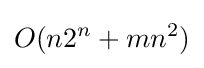
O(n2^{n}+mn^{2})